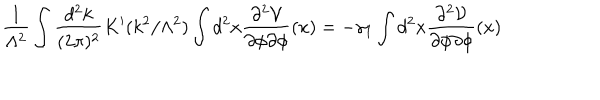
\frac { 1 } { \Lambda ^ { 2 } } \int \frac { d ^ { 2 } k } { ( 2 \pi ) ^ { 2 } } K ^ { \prime } ( k ^ { 2 } / \Lambda ^ { 2 } ) \int d ^ { 2 } x \frac { \partial ^ { 2 } { \cal V } } { \partial \phi \partial \phi } ( x ) = - \gamma _ { 1 } \int d ^ { 2 } x \frac { \partial ^ { 2 } { \cal V } } { \partial \phi \partial \phi } ( x )